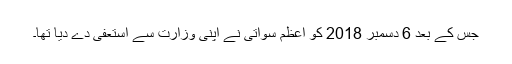
جس کے بعد 6 دسمبر 2018 کو اعظم سواتی نے اپنی وزارت سے استعفیٰ دے دیا تھا۔